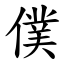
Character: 僕